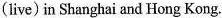
(live) in Shanghai and Hong Kong.